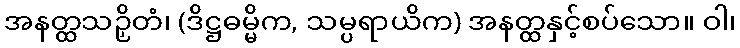
အနတ္ထသဉှိတံ၊ (ဒိဋ္ဌဓမ္မိက, သမ္ပရာယိက) အနတ္ထနှင့်စပ်သော။ ဝါ၊